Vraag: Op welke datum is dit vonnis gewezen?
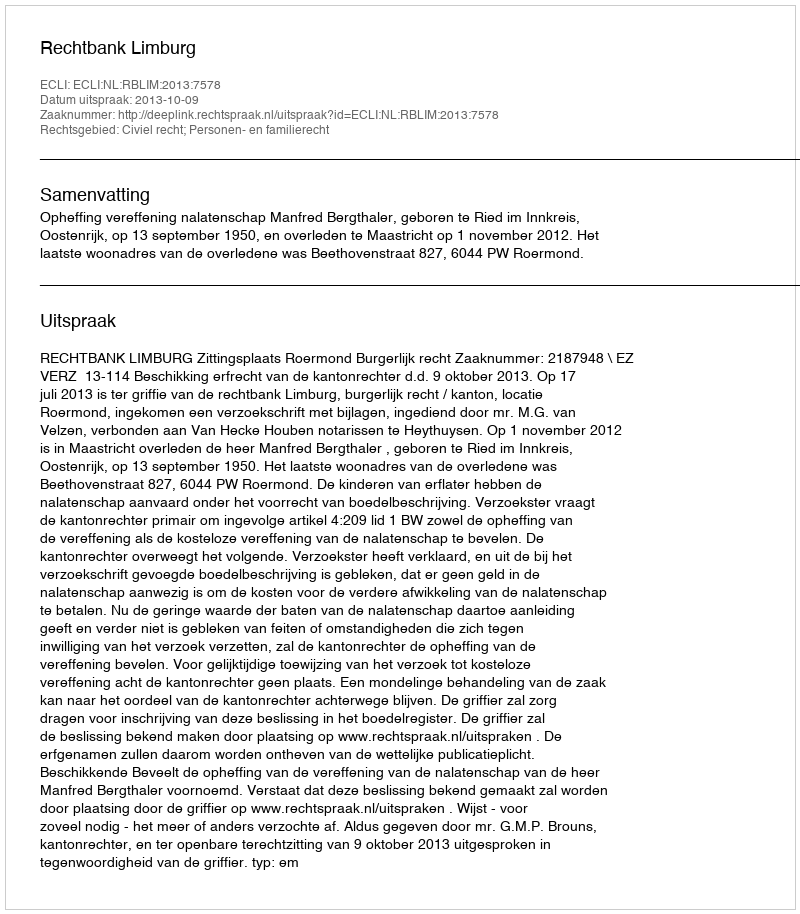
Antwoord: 2013-10-09